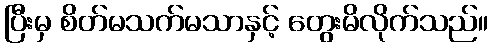
ပြီးမှ စိတ်မသက်မသာနှင့် တွေးမိလိုက်သည်။